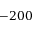
- 2 0 0